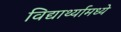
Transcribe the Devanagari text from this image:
विद्यार्थ्यामध्ये